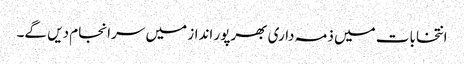
انتخابات میں ذمہ داری بھرپور انداز میں سرانجام دیں گے۔